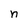
Character: n